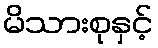
မိသားစုနှင့်